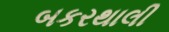
બકરથાલી